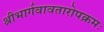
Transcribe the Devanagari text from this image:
श्रीभार्गवावतारोपक्रमः